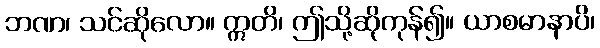
ဘဏ၊ သင်ဆိုလော။ ဣတိ၊ ဤသို့ဆိုကုန်၍။ ယာစမာနာပိ၊